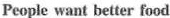
People want better food